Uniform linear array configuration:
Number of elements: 64
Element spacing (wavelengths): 0.25
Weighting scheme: uniform
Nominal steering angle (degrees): -60
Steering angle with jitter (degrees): -58.19
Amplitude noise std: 0.05
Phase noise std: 0.05

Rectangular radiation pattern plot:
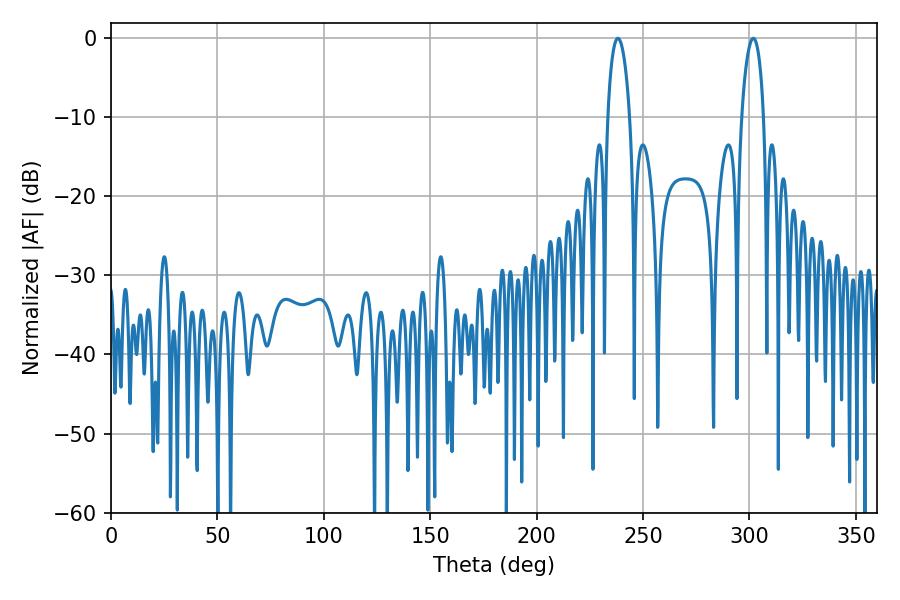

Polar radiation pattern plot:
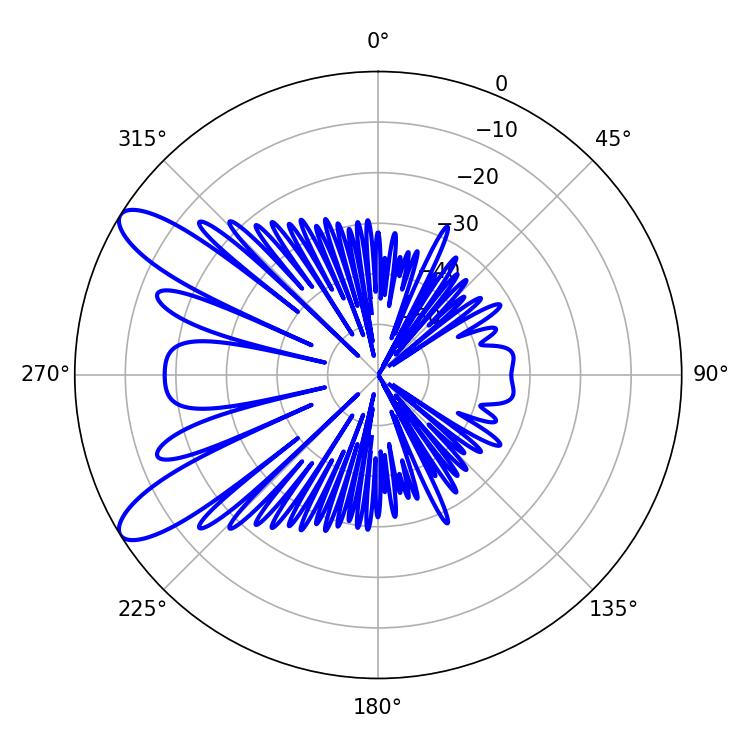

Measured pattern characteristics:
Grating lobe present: FALSE
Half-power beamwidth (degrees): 5.76
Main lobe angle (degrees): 238.14